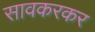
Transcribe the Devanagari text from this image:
सावकरकर